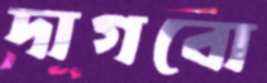
দাগবো